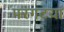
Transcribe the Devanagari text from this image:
परगटया